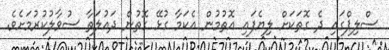
ސްލިޕްގައި ދެ ގޮތަކަށް ލިޔެފައި އޮތުމުން އެކަމާ ގުޅޭ ގޮތުން ދައުލަތާ ސުވާލުކުރުމަށެވެ.